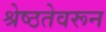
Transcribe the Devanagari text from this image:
श्रेष्ठतेवरून